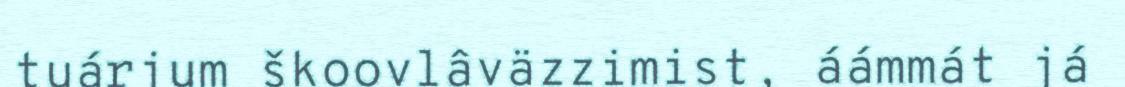
tuárjum škoovlâväzzimist, áámmát já